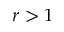
r > 1